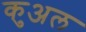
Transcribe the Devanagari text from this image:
कुअल